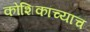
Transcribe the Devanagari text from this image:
कोशिकांच्याच